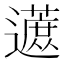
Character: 𬩦